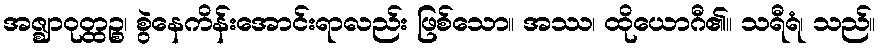
အဇ္ဈာဝုတ္ထဉ္စ၊ စွဲနေကိန်းအောင်းရာလည်း ဖြစ်သော။ အဿ၊ ထိုယောဂီ၏။ သရီရံ၊ သည်။